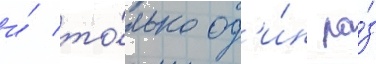
и́ то́лько од'и́н ра́з